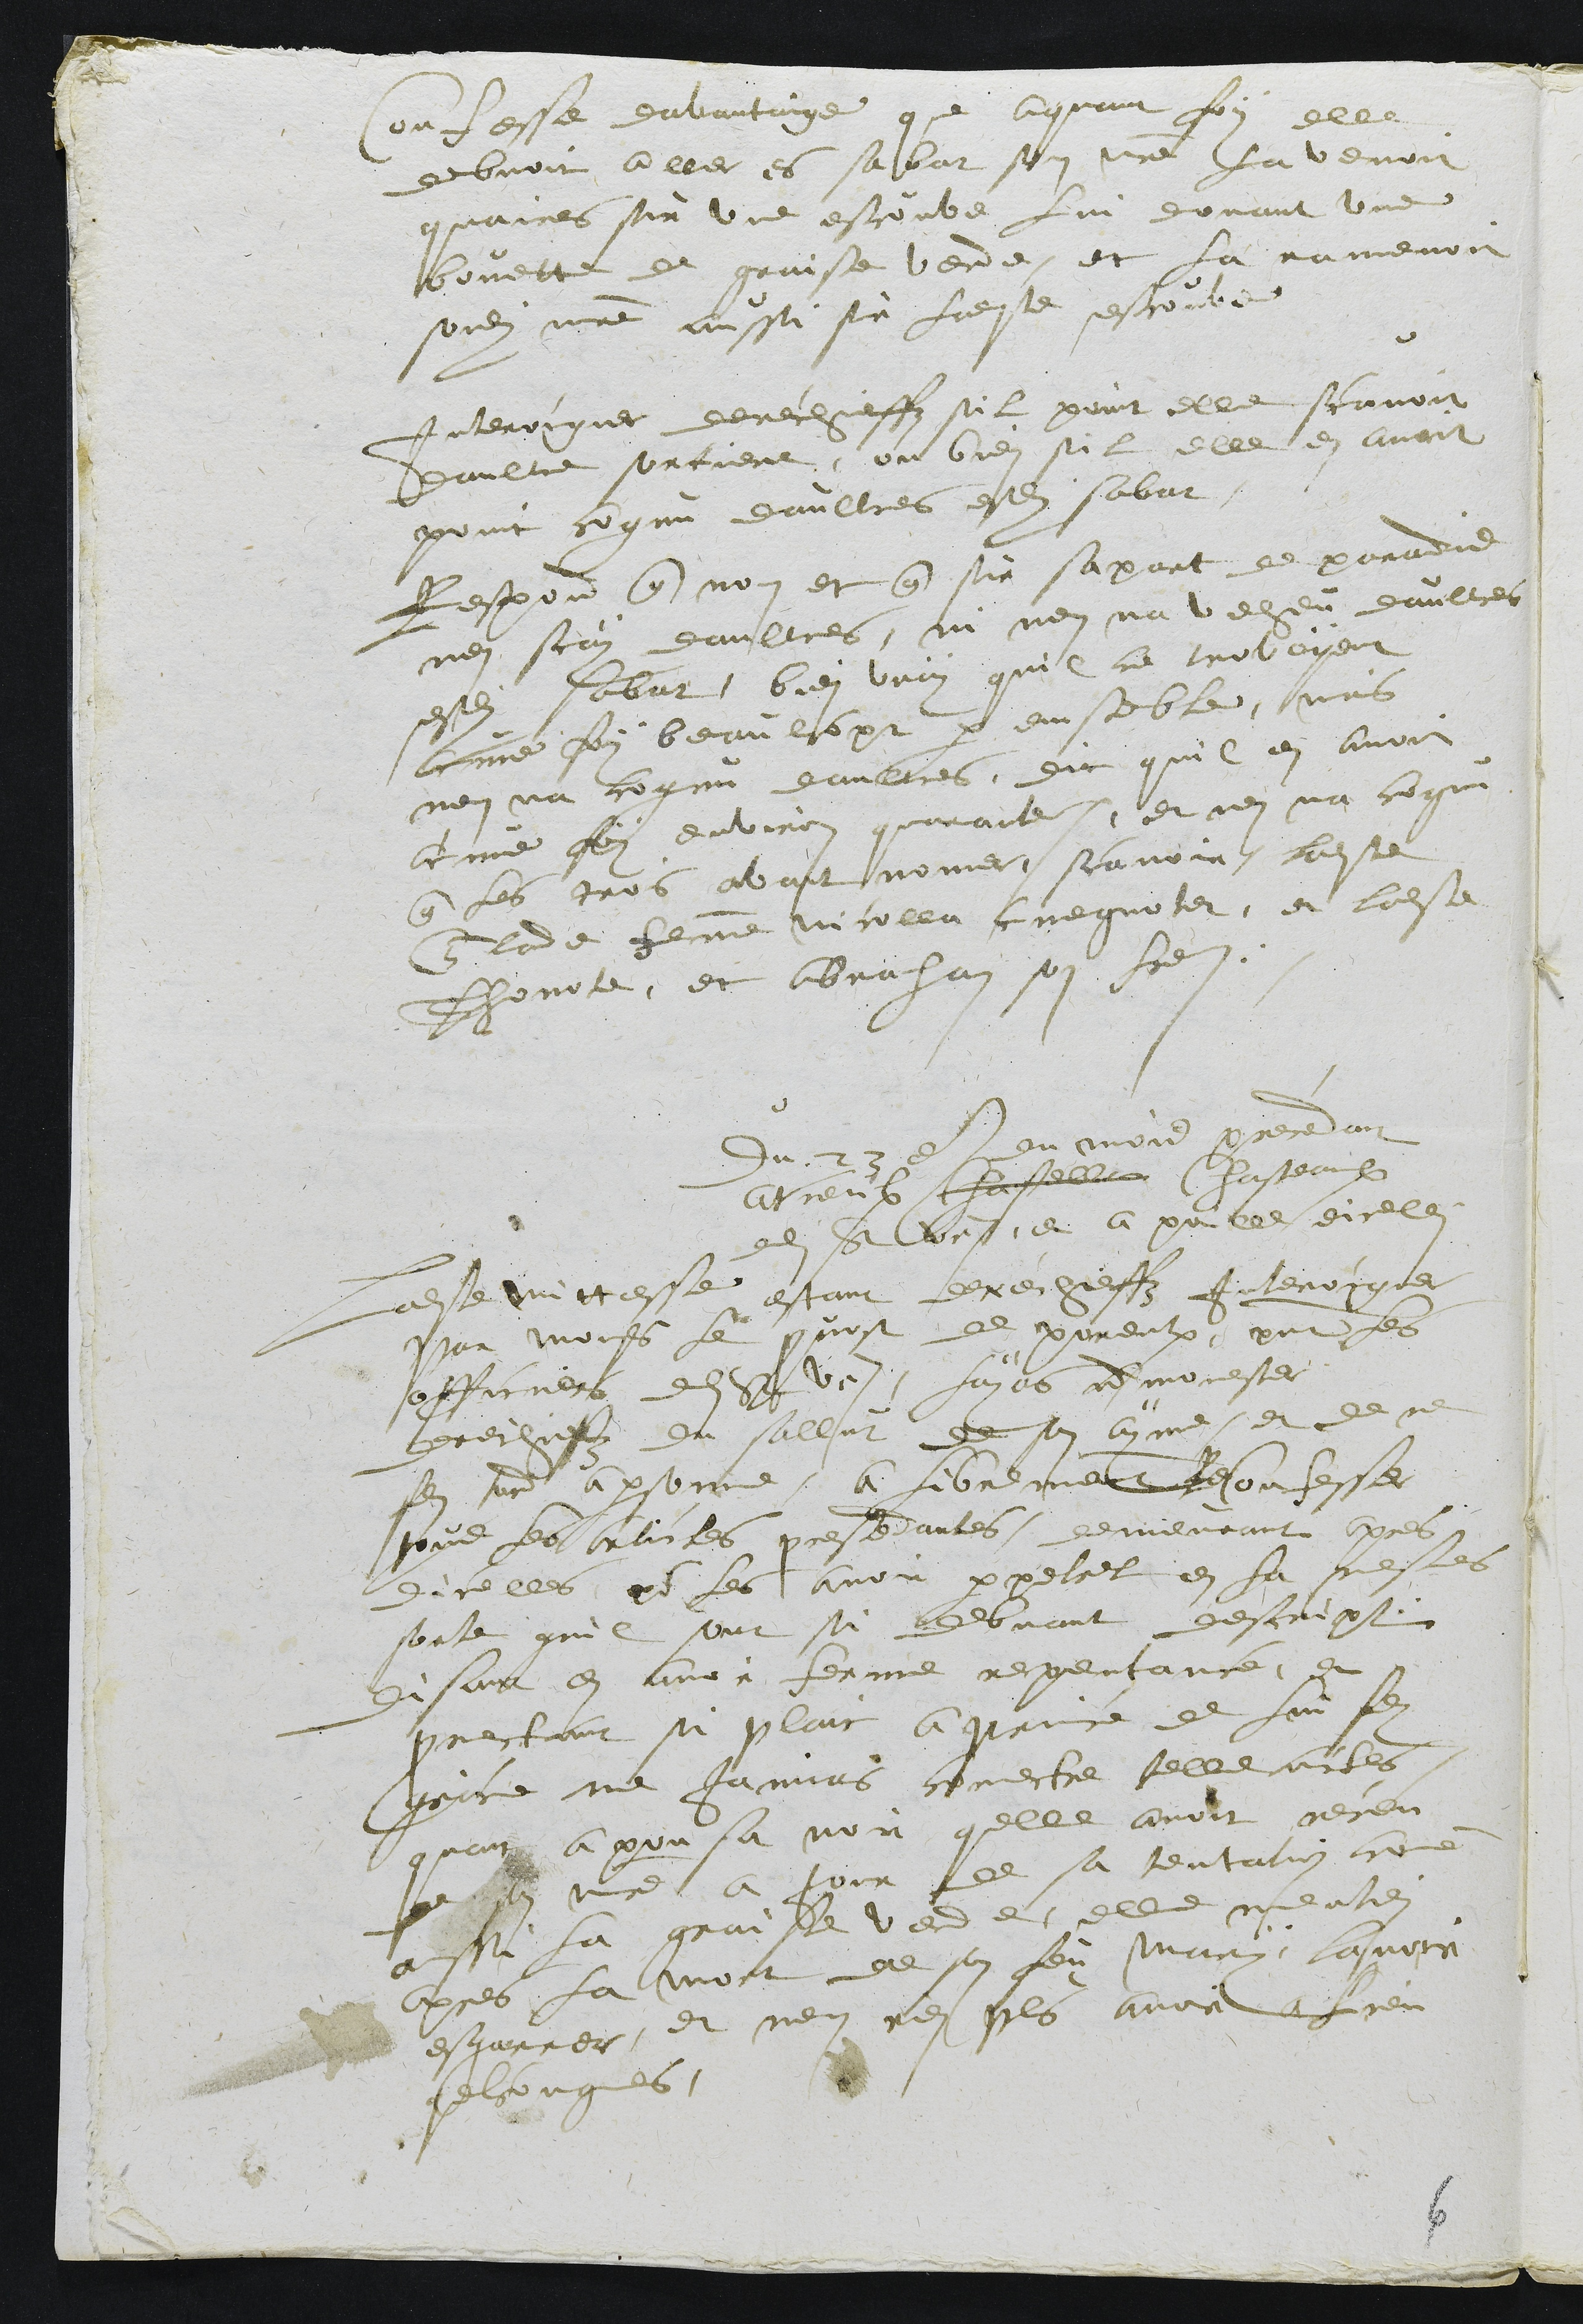
Confesse davantaige que aquant foy elle
debvoit aller es sabat son maitre la venoit
quaires sur une escouve lui donant une
bouette de graisse verde, et la ramenoit
sondit maitre aussi sur ladite escouve
Interocguer derechieffz sil point elle scavoit
daultre sorciere, ou bien sil elle en avoit
point cognu daultres esdit sabat,
Respond que non et que sur sa part de paradis
nen scay daultres, ni nen na veheu daultres
esdit sabat, bien vray quil ce trovoyent
acune foy beaulcopt par ensemble, mais
nen na cognu daultres, dit quil en avoit
acune foy environ quarante, et nen na cognu
que les trois avant nommer, scavoir ladite
Claude femme Nicolla cuegnoter, et ladite
Thonote, et Abraham son frere.
Du 23e du mois precedant
atreulx chastelle Chasteaulx
dudit St Ursanne et a poille dicellui
Ladite mittesse estant derechieffz Interocguer
par Monsieur le prevost de porrentruy present les
officiers dudit St Ursanne, layans admonester
derechiefz du sallut de son ayme et de ne
faire tort a personne, a librement Reconfesser
tous les articles presedantes, demeurant apres
dicelles pour les avoir perpetret en la mesmes
sorte quil sont si debvant descript
disant en avoir ferme repentance, et
promectant si plait a prince de lui faire
graice ne jamais comectre telle actes
quant a pousa noir quelle avoit receu
de son maistre a jour de sa tentation comme
aussi la graisse verde, elle mentien
apres la mort de son feu mary lavoir
esgarrer, et nen rien plus avoir a lieu
quelconques.

6